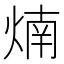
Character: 煵